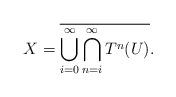
LaTeX: \begin{align*} X = \overline{\bigcup_{i=0}^\infty \bigcap_{n=i}^\infty T^n(U)}.\end{align*}